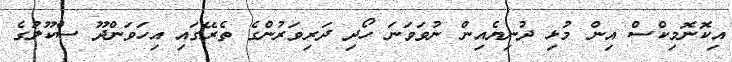
އިކޮނޮމިކްސް އިން މުޅި ދުނިޔެއިން ނުވަވަނަ ހޯދި ދަރިވަރުންގެ ތެރޭގައި އިހަވަންދޫ ސްކޫލުގެ